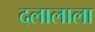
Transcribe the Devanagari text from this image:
दलालाला